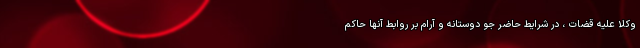
وکلا علیه قضات ، در شرایط حاضر جو دوستانه و آرام بر روابط آنها حاکم